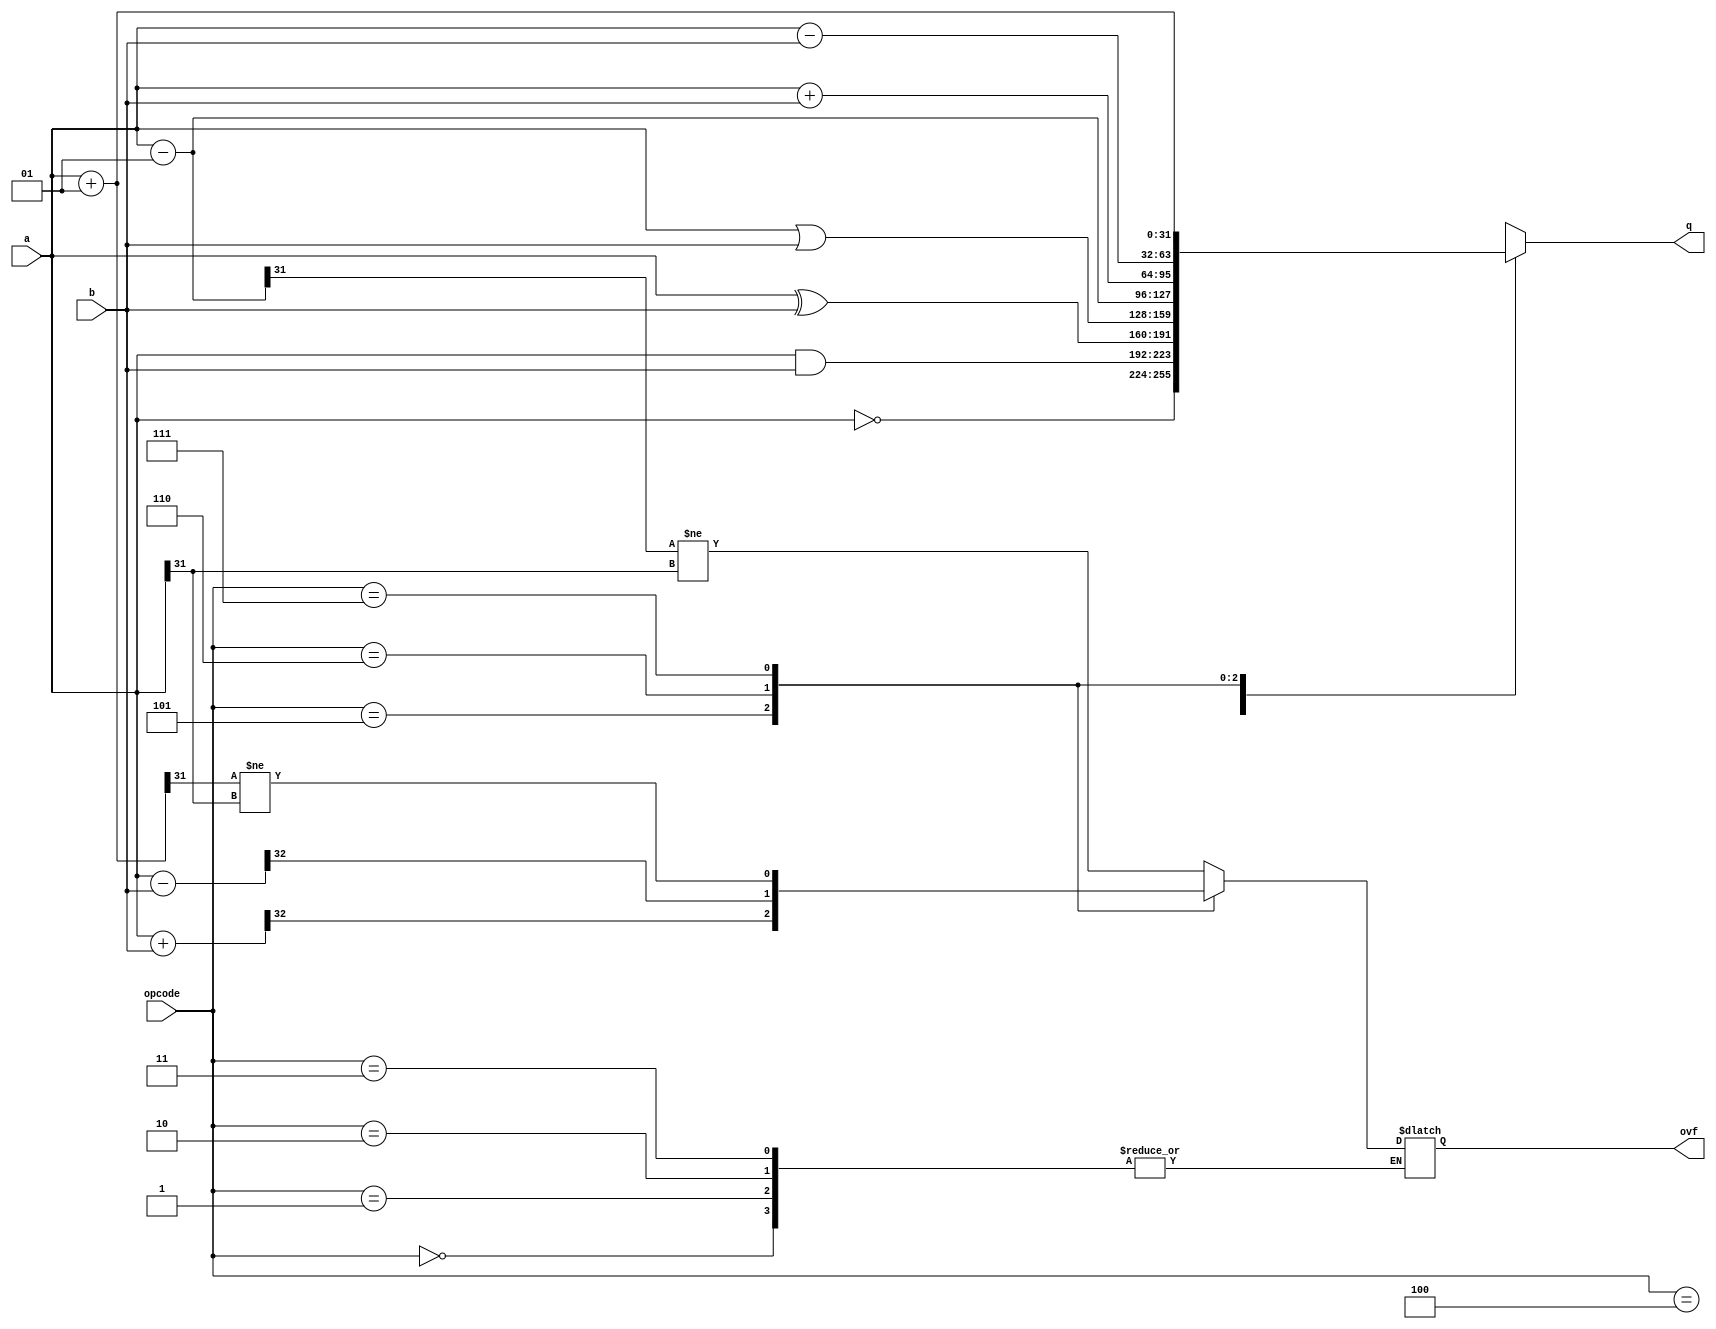
module ALU(q,a,b,opcode,ovf);
input [2:0]opcode;
input signed [31:0]a,b;
reg [32:0]tmp;
output reg ovf;
output reg signed [31:0]q;

always@(*)
begin 
	case(opcode)
		3'b000: q = ~a;
		3'b001: q = a & b;
		3'b010: q = a ^ b;
		3'b011: q = a | b;
		3'b100: begin
		q = a - 1;
		ovf = (q[31] != a[31]);
		end
		3'b101: begin
		q = a + b;
		tmp = {1'b0,a} + {1'b0,b};
		ovf = tmp[32];
		end
		3'b110: begin
		q = a - b;
		tmp = {1'b0,a} - {1'b0,b};
		ovf = tmp[32];
		end
		3'b111: begin
		q = a + 1;
		ovf = (q[31] != a[31]);
		end
	endcase
end
endmodule